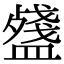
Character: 𥂥